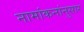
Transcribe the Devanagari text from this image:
नामांकनांनुसार